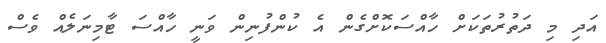
އަދި މި ދަތުރުތަކަށް ހާއްސަކޮށްގެން އެ ކުންފުނިން ވަނީ ހާއްސަ ޓާމިނަލެއް ވެސް